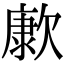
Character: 㱂